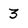
Character: 3